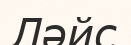
Ләйс